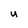
Character: U